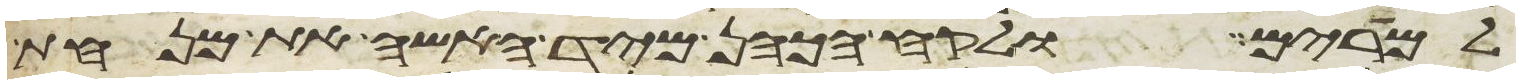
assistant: למרים ולקח הכהן מיד האשה את מנחת